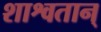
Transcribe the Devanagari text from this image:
शाश्वतान्